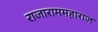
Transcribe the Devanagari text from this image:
राजाराममहाराज